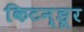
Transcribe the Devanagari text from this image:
किटन्ङूर